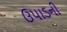
ઉપાડની